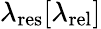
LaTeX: \lambda_{\mathrm{{res}}}[\lambda_{\mathrm{{rel}}}]